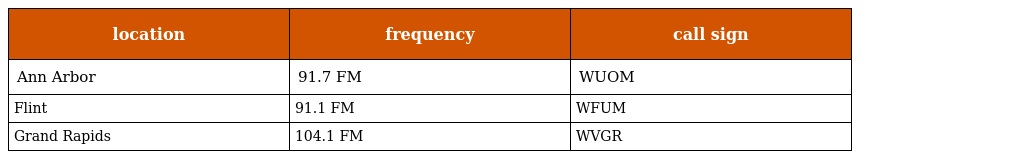
| location | frequency | call sign |
 | --- | --- | --- |
 | Ann Arbor | 91.7 FM | WUOM |
 | Flint | 91.1 FM | WFUM |
 | Grand Rapids | 104.1 FM | WVGR |